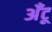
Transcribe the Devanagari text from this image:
अँटू